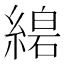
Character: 𦃧